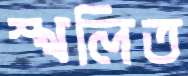
স্খলিত